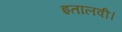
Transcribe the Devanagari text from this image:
इतालवी।